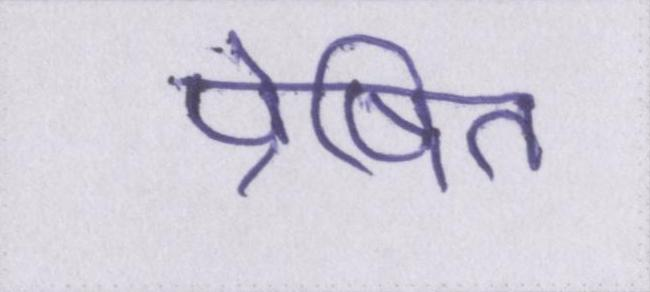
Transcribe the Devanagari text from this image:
प्रेषित